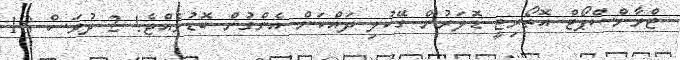
ޓްރާންސްޕޯޓް އޮތޯރިޓީ ޑޮލަރުން ގޭކުލި ދައްކަން އެންގުން ބޮޑުވެއްޖެ! 2 ދުވަސް 18